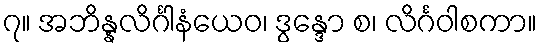
၇။ အဘိန္နလိင်္ဂါနံယေဝ၊ ဒွန္ဒော စ၊ လိင်္ဂဝါစကာ။